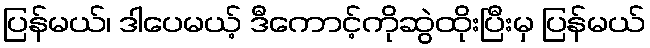
ပြန်မယ်၊ ဒါပေမယ့် ဒီကောင့်ကိုဆွဲထိုးပြီးမှ ပြန်မယ်